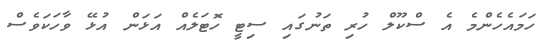
ހަމައެހެންމެ އެ ސްކޫލް ހުރި ތަނުގައި ސިޓީ ހޮޓަލެއް އަޅަން އުޅޭ ވާހަކަވެސް